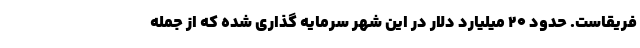
فریقاست. حدود 20 میلیارد دلار در این شهر سرمایه گذاری شده که از جمله